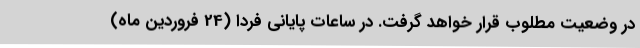
در وضعیت مطلوب قرار خواهد گرفت. در ساعات پایانی فردا (24 فروردین ماه)